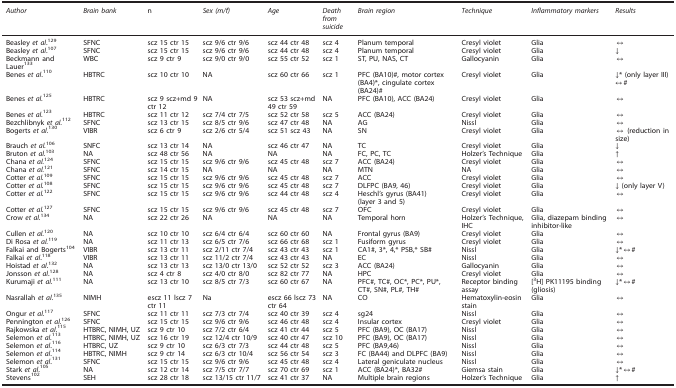
<table><thead><tr><td><b><i>Author</i></b></td><td><b><i>Brain bank</i></b></td><td><b>n</b></td><td><b><i>Sex (m/f)</i></b></td><td><b><i>Age</i></b></td><td><b><i>Death from suicide</i></b></td><td><b><i>Brain region</i></b></td><td><b><i>Technique</i></b></td><td><b><i>Inflammatory markers</i></b></td><td><b><i>Results</i></b></td></tr></thead><tbody><tr><td>Beasley <i>et al.</i><sup>129</sup></td><td>SFNC</td><td>scz 15 ctr 15</td><td>scz 9/6 ctr 9/6</td><td>scz 44 ctr 48</td><td>scz 4</td><td>Planum temporal</td><td>Cresyl violet</td><td>Glia</td><td>↔</td></tr><tr><td>Beasley <i>et al.</i><sup>107</sup></td><td>SFNC</td><td>scz 15 ctr 15</td><td>scz 9/6 ctr 9/6</td><td>scz 44 ctr 48</td><td>scz 4</td><td>Planum temporal</td><td>Cresyl violet</td><td>Glia</td><td>↓</td></tr><tr><td>Beckmann and Lauer<sup>133</sup></td><td>WBC</td><td>scz 9 ctr 9</td><td>scz 9/0 ctr 9/0</td><td>scz 55 ctr 52</td><td>scz 1</td><td>ST, PU, NAS, CT</td><td>Gallocyanin</td><td>Glia</td><td>↔</td></tr><tr><td>Benes <i>et al.</i><sup>110</sup></td><td>HBTRC</td><td>scz 10 ctr 10</td><td>NA</td><td>scz 60 ctr 66</td><td>scz 1</td><td>PFC (BA10)#, motor cortex (BA4)*, cingulate cortex (BA24)#</td><td>Cresyl violet</td><td>Glia</td><td>↓* (only layer III) ↔#</td></tr><tr><td>Benes <i>et al.</i><sup>125</sup></td><td>HBTRC</td><td>scz 9 scz+md 9 ctr 12</td><td>NA</td><td>scz 53 scz+md 49 ctr 59</td><td>NA</td><td>PFC (BA10), ACC (BA24)</td><td>Cresyl violet</td><td>Glia</td><td>↔</td></tr><tr><td>Benes <i>et al.</i><sup>123</sup></td><td>HBTRC</td><td>scz 11 ctr 12</td><td>scz 7/4 ctr 7/5</td><td>scz 52 ctr 58</td><td>scz 5</td><td>ACC (BA24)</td><td>Cresyl violet</td><td>Glia</td><td>↔</td></tr><tr><td>Bezchlibnyk <i>et al.</i><sup>112</sup></td><td>SFNC</td><td>scz 13 ctr 15</td><td>scz 8/5 ctr 9/6</td><td>scz 47 ctr 48</td><td>NA</td><td>AG</td><td>Nissl</td><td>Glia</td><td>↔</td></tr><tr><td>Bogerts <i>et al.</i><sup>130</sup></td><td>VIBR</td><td>scz 6 ctr 9</td><td>scz 2/6 ctr 5/4</td><td>scz 51 scz 43</td><td>NA</td><td>SN</td><td>Cresyl violet</td><td>Glia</td><td>↔ (reduction in size)</td></tr><tr><td>Brauch <i>et al.</i><sup>106</sup></td><td>SNFC</td><td>scz 13 ctr 14</td><td>NA</td><td>scz 46 ctr 47</td><td>NA</td><td>TC</td><td>Cresyl violet</td><td>Glia</td><td>↓</td></tr><tr><td>Bruton <i>et al.</i><sup>103</sup></td><td>NA</td><td>scz 48 ctr 56</td><td>NA</td><td>NA</td><td>NA</td><td>FC, PC, TC</td><td>Holzer&#x27;s Technique</td><td>Glia</td><td>↑</td></tr><tr><td>Chana <i>et al.</i><sup>124</sup></td><td>SFNC</td><td>scz 15 ctr 15</td><td>scz 9/6 ctr 9/6</td><td>scz 45 ctr 48</td><td>scz 7</td><td>ACC (BA24)</td><td>Cresyl violet</td><td>Glia</td><td>↔</td></tr><tr><td>Chana <i>et al.</i><sup>121</sup></td><td>SFNC</td><td>scz 14 ctr 15</td><td>NA</td><td>NA</td><td>NA</td><td>MTN</td><td>NA</td><td>Glia</td><td>↔</td></tr><tr><td>Cotter <i>et al.</i><sup>109</sup></td><td>SFNC</td><td>scz 15 ctr 15</td><td>scz 9/6 ctr 9/6</td><td>scz 45 ctr 48</td><td>scz 7</td><td>ACC</td><td>Cresyl violet</td><td>Glia</td><td>↔</td></tr><tr><td>Cotter <i>et al.</i><sup>108</sup></td><td>SFNC</td><td>scz 15 ctr 15</td><td>scz 9/6 ctr 9/6</td><td>scz 45 ctr 48</td><td>scz 7</td><td>DLFPC (BA9, 46)</td><td>Cresyl violet</td><td>Glia</td><td>↓ (only layer V)</td></tr><tr><td>Cotter <i>et al.</i><sup>122</sup></td><td>SFNC</td><td>scz 15 ctr 15</td><td>scz 9/6 ctr 9/6</td><td>scz 44 ctr 48</td><td>scz 4</td><td>Heschl&#x27;s gyrus (BA41) (layer 3 and 5)</td><td>Cresyl violet</td><td>Glia</td><td>↔</td></tr><tr><td>Cotter <i>et al.</i><sup>127</sup></td><td>SFNC</td><td>scz 15 ctr 15</td><td>scz 9/6 ctr 9/6</td><td>scz 45 ctr 48</td><td>scz 7</td><td>OFC</td><td>Cresyl violet</td><td>Glia</td><td>↔</td></tr><tr><td>Crow <i>et al.</i><sup>134</sup></td><td>NA</td><td>scz 22 ctr 26</td><td>NA</td><td>NA</td><td>NA</td><td>Temporal horn</td><td>Holzer&#x27;s Technique, IHC</td><td>Glia, diazepam binding inhibitor-like</td><td>↔</td></tr><tr><td>Cullen <i>et al.</i><sup>120</sup></td><td>NA</td><td>scz 10 ctr 10</td><td>scz 6/4 ctr 6/4</td><td>scz 60 ctr 60</td><td>NA</td><td>Frontal gyrus (BA9)</td><td>Cresyl violet</td><td>Glia</td><td>↔</td></tr><tr><td>Di Rosa <i>et al.</i><sup>119</sup></td><td>NA</td><td>scz 11 ctr 13</td><td>scz 6/5 ctr 7/6</td><td>scz 66 ctr 68</td><td>scz 1</td><td>Fusiform gyrus</td><td>Cresyl violet</td><td>Glia</td><td>↔</td></tr><tr><td>Falkai and Bogerts<sup>104</sup></td><td>VIBR</td><td>scz 13 ctr 11</td><td>scz 2/11 ctr 7/4</td><td>scz 43 ctr 43</td><td>scz 1</td><td>CA1#, 3*, 4,* PSB,* SB#</td><td>Nissl</td><td>Glia</td><td>↓*↔#</td></tr><tr><td>Falkai <i>et al.</i><sup>118</sup></td><td>VIBR</td><td>scz 13 ctr 11</td><td>scz 11/2 ctr 7/4</td><td>scz 43 ctr 43</td><td>NA</td><td>EC</td><td>Nissl</td><td>Glia</td><td>↔</td></tr><tr><td>Hoistad <i>et al.</i><sup>132</sup></td><td>NA</td><td>scz 13 ctr 13</td><td>scz 13/0 ctr 13/0</td><td>scz 52 ctr 52</td><td>scz 3</td><td>ACC (BA24)</td><td>Gallocyanin</td><td>Glia</td><td>↔</td></tr><tr><td>Jonsson <i>et al.</i><sup>128</sup></td><td>NA</td><td>scz 4 ctr 8</td><td>scz 4/0 ctr 8/0</td><td>scz 82 ctr 77</td><td>NA</td><td>HPC</td><td>Cresyl violet</td><td>Glia</td><td>↔</td></tr><tr><td>Kurumaji <i>et al.</i><sup>111</sup></td><td>NA</td><td>scz 13 ctr 10</td><td>scz 8/5 ctr 7/3</td><td>scz 60 ctr 67</td><td>NA</td><td>PFC#, TC#, OC*, PC*, PU*, CT#, SN#, PL#, TH#</td><td>Receptor binding assay</td><td>[<sup>3</sup>H] PK11195 binding (gliosis)</td><td>↓*↔#</td></tr><tr><td>Nasrallah <i>et al.</i><sup>135</sup></td><td>NIMH</td><td>escz 11 lscz 7 ctr 11</td><td>Na</td><td>escz 66 lscz 73 ctr 64</td><td>NA</td><td>CO</td><td>Hematoxylin-eosin stain</td><td>Glia</td><td>↔</td></tr><tr><td>Ongur <i>et al.</i><sup>117</sup></td><td>SFNC</td><td>scz 11 ctr 11</td><td>scz 7/3 ctr 7/4</td><td>scz 40 ctr 39</td><td>scz 4</td><td>sg24</td><td>Nissl</td><td>Glia</td><td>↔</td></tr><tr><td>Pennington <i>et al.</i><sup>126</sup></td><td>SFNC</td><td>scz 15 ctr 15</td><td>scz 9/6 ctr 9/6</td><td>scz 46 ctr 48</td><td>scz 4</td><td>Insular cortex</td><td>Cresyl violet</td><td>Glia</td><td>↔</td></tr><tr><td>Rajkowska <i>et al.</i><sup>115</sup></td><td>HTBRC, NIMH, UZ</td><td>scz 9 ctr 10</td><td>scz 7/2 ctr 6/4</td><td>scz 41 ctr 44</td><td>scz 5</td><td>PFC (BA9), OC (BA17)</td><td>Nissl</td><td>Glia</td><td>↔</td></tr><tr><td>Selemon <i>et al.</i><sup>113</sup></td><td>HTBRC, NIMH, UZ</td><td>scz 16 ctr 19</td><td>scz 12/4 ctr 10/9</td><td>scz 40 ctr 47</td><td>scz 10</td><td>PFC (BA9), OC (BA17)</td><td>Nissl</td><td>Glia</td><td>↔</td></tr><tr><td>Selemon <i>et al.</i><sup>116</sup></td><td>HTBRC, UZ</td><td>scz 9 ctr 10</td><td>scz 6/3 ctr 7/3</td><td>scz 44 ctr 48</td><td>scz 5</td><td>PFC (BA9,46)</td><td>Nissl</td><td>Glia</td><td>↔</td></tr><tr><td>Selemon <i>et al.</i><sup>114</sup></td><td>HBTRC, NIMH</td><td>scz 9 ctr 14</td><td>scz 6/3 ctr 10/4</td><td>scz 56 ctr 54</td><td>scz 3</td><td>FC (BA44) and DLPFC (BA9)</td><td>Nissl</td><td>Glia</td><td>↔</td></tr><tr><td>Selemon <i>et al.</i><sup>131</sup></td><td>SFNC</td><td>scz 15 ctr 15</td><td>scz 9/6 ctr 9/6</td><td>scz 45 ctr 48</td><td>scz 4</td><td>Lateral geniculate nucleus</td><td>Nissl</td><td>Glia</td><td>↔</td></tr><tr><td>Stark <i>et al.</i><sup>105</sup></td><td>NA</td><td>scz 12 ctr 14</td><td>scz 7/5 ctr 7/7</td><td>scz 70 ctr 69</td><td>scz 1</td><td>ACC (BA24)*, BA32#</td><td>Giemsa stain</td><td>Glia</td><td>↓*↔#</td></tr><tr><td>Stevens<sup>102</sup></td><td>SEH</td><td>scz 28 ctr 18</td><td>scz 13/15 ctr 11/7</td><td>scz 41 ctr 37</td><td>NA</td><td>Multiple brain regions</td><td>Holzer&#x27;s Technique</td><td>Glia</td><td>↑</td></tr></tbody></table>